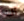
أنت